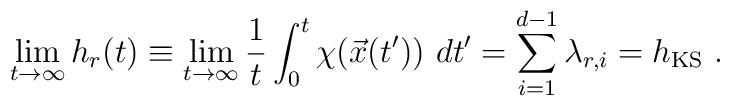
\lim_{t\rightarrow \infty} h_r(t) \equiv\lim_{t\rightarrow \infty} {1\over t} \int_0^t \chi(\vec x(t'))\ dt'=\sum_{i=1}^{d-1}\lambda_{r,i} = h_\mathrm{KS}\ .